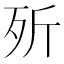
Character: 歽